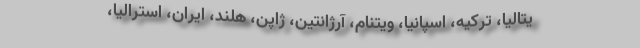
یتالیا، ترکیه، اسپانیا، ویتنام، آرژانتین، ژاپن، هلند، ایران، استرالیا،